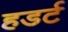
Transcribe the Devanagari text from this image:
हडर्ट